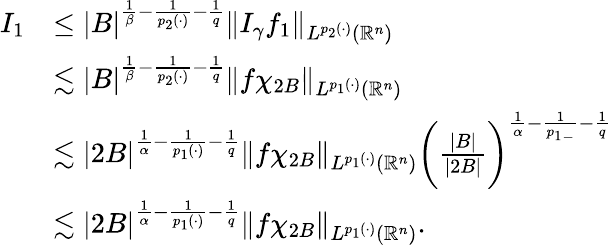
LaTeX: \begin{array}{rl}{I_{1}}&{\leq|B|^{\frac{1}{\beta}-\frac{1}{p_{2}(\cdot)}-\frac{1}{q}}\| I_{\gamma}f_{1}\| _{L^{p_{2}(\cdot)}(\mathbb{R}^{n})}}\\ &{\lesssim|B|^{\frac{1}{\beta}-\frac{1}{p_{2}(\cdot)}-\frac{1}{q}}\| f\chi_{2B}\| _{L^{p_{1}(\cdot)}(\mathbb{R}^{n})}}\\ &{\lesssim|2B|^{\frac{1}{\alpha}-\frac{1}{p_{1}(\cdot)}-\frac{1}{q}}\| f\chi_{2B}\| _{L^{p_{1}(\cdot)}(\mathbb{R}^{n})}\bigg(\frac{|B|}{|2B|}\bigg)^{\frac{1}{\alpha}-\frac{1}{{p_{1}}_{-}}-\frac{1}{q}}}\\ &{\lesssim|2B|^{\frac{1}{\alpha}-\frac{1}{p_{1}(\cdot)}-\frac{1}{q}}\| f\chi_{2B}\| _{L^{p_{1}(\cdot)}(\mathbb{R}^{n})}.}\end{array}